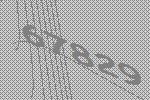
67829